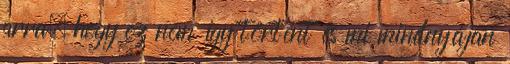
arra, hogy ez nem így történt és mi mindnyájan